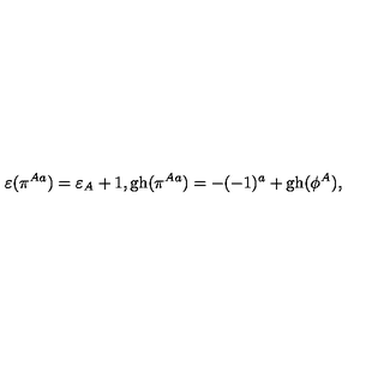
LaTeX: \varepsilon ( \pi ^ { A a } ) = \varepsilon _ { A } + 1 , \mathrm { g h } ( \pi ^ { A a } ) = - ( - 1 ) ^ { a } + \mathrm { g h } ( \phi ^ { A } ) ,